Leaving Certificate Examination (including Day School Certificate (Higher) General paper), 1932
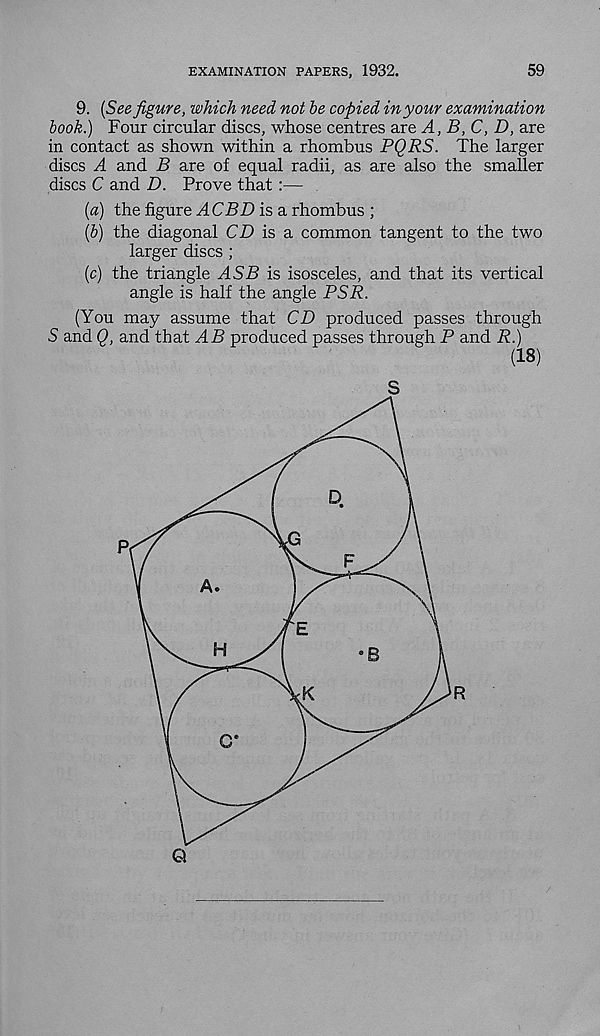
EXAMINATION PAPERS, 1932.
59
9. {See figure, which need not be copied in your examination
book.) Four circular discs, whose centres are A,B,C, D, are
in contact as shown within a rhombus PQRS. The larger
discs A and B are of equal radii, as are also the smaller
discs C and D. Prove that:—
{a) the figure ,4 CPD is a rhombus ;
(&) the diagonal CD is a. common tangent to the two
larger discs ;
(c) the triangle ASB is isosceles, and that its vertical
angle is half the angle PSR.
(You may assume that CD produced passes through
S and Q, and that .4P produced passes through P and R.)
(18)